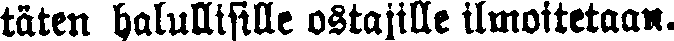
täten halullisille ostajille ilmoitetaan.